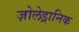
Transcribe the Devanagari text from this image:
ज़ोलेड्रानिक